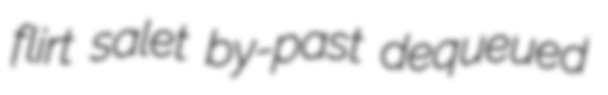
flirt salet by-past dequeued